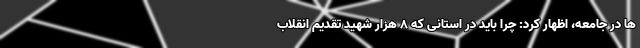
ها در جامعه، اظهار کرد: چرا باید در استانی که ۸ هزار شهید تقدیم انقلاب